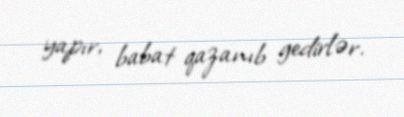
yapır, babat qazanıb gedirlər.